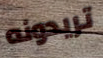
تريدونه